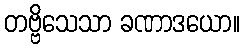
တဗ္ဗိသေသာ ခဏာဒယော။